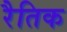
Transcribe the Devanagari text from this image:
रैतिक